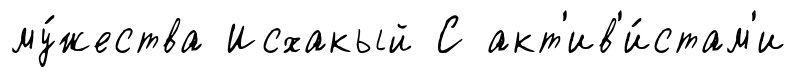
му́жества Исхакый С акт'ив'и́стам'и